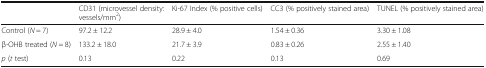
|  | CD31 (microvessel density: vessels/mm2) | Ki-67 Index (% positive cells) | CC3 (% positively stained area) | TUNEL (% positively stained area) |
 | --- | --- | --- | --- | --- |
 | Control (N = 7) | 97.2 ± 12.2 | 28.9 ± 4.0 | 1.54 ± 0.36 | 3.30 ± 1.08 |
 | β-OHB treated (N = 8) | 133.2 ± 18.0 | 21.7 ± 3.9 | 0.83 ± 0.26 | 2.55 ± 1.40 |
 | p (t test) | 0.13 | 0.22 | 0.13 | 0.69 |